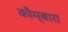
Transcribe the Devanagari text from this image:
कौम्बारा